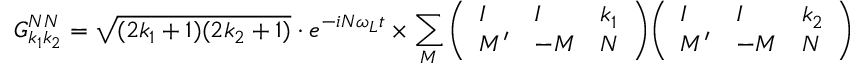
G _ { k _ { 1 } k _ { 2 } } ^ { N N } = { \sqrt { ( 2 k _ { 1 } + 1 ) ( 2 k _ { 2 } + 1 ) } } \cdot e ^ { - i N \omega _ { L } t } \times \sum _ { M } { \left( \begin{array} { l l l } { I } & { I } & { k _ { 1 } } \\ { M ^ { \prime } } & { - M } & { N } \end{array} \right) } { \left( \begin{array} { l l l } { I } & { I } & { k _ { 2 } } \\ { M ^ { \prime } } & { - M } & { N } \end{array} \right) }